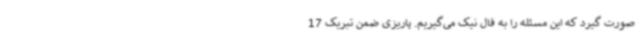
صورت گیرد که این مسئله را به فال نیک می‌گیریم. پاریزی ضمن تبریک 17